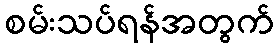
စမ်းသပ်ရန်အတွက်